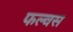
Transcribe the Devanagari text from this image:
फल्वस